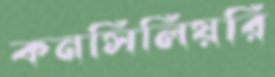
কনসিলিয়রি